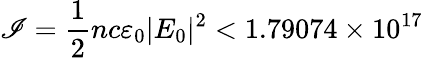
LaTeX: \mathscr{I}=\frac{{1}}{{2}}nc\varepsilon_{0}|E_{0}|^{2}<1.79074\times10^{17}